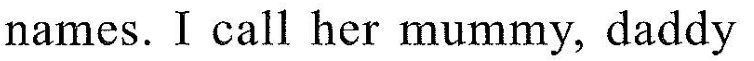
names.Icall her mummy, daddy